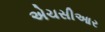
એચસીઆર